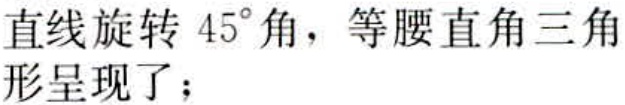
直线旋转 \(45^{\circ}\)角，等腰直角三角形呈现了；